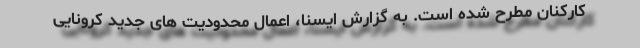
کارکنان مطرح شده است. به گزارش ایسنا، اعمال محدودیت های جدید کرونایی